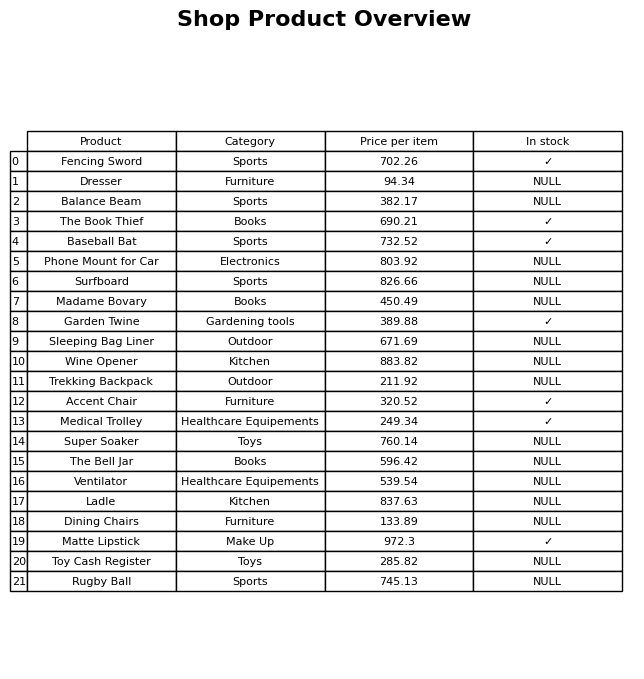
question: What is the price of the Ladle?
answer: The price of Ladle is 837.63.